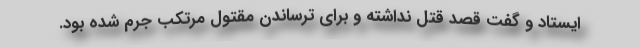
ایستاد و گفت قصد قتل نداشته و برای ترساندن مقتول مرتکب جرم شده بود.